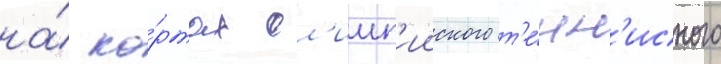
на́ ко́ртах ол'имп'ииского т'е́нн'исного